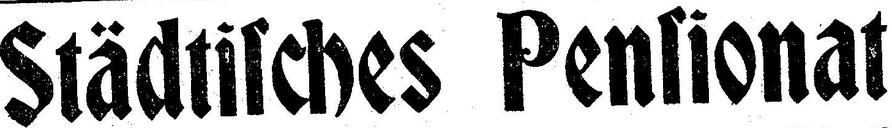
Städtisches Pensionat